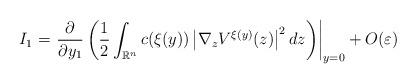
LaTeX: \begin{align*}I_{1}=\left. \frac{\partial}{\partial y_{1}}\left( \frac{1}{2}\int_{\mathbb{R}^{n}}c(\xi(y))\left\vert \nabla_{z}V^{\xi(y)}(z)\right\vert^{2}dz\right) \right\vert _{y=0}+O(\varepsilon)\end{align*}